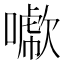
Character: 𠿖